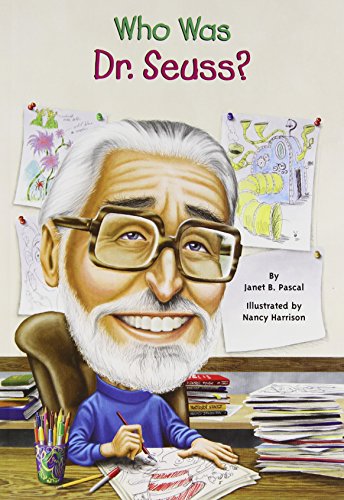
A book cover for Who Was Dr. Seuss?; Janet Pascal; Children's Books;